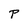
Character: P